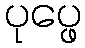
ပုပ္ဖေ